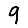
Digit: 9